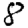
Digit: 8